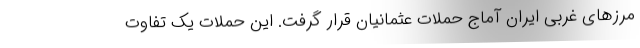
مرزهای غربی ایران آماج حملات عثمانیان قرار گرفت. این حملات یک تفاوت